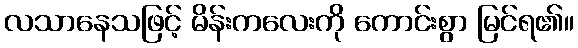
လသာနေသဖြင့် မိန်းကလေးကို ကောင်းစွာ မြင်ရ၏။